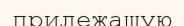
прилежащую